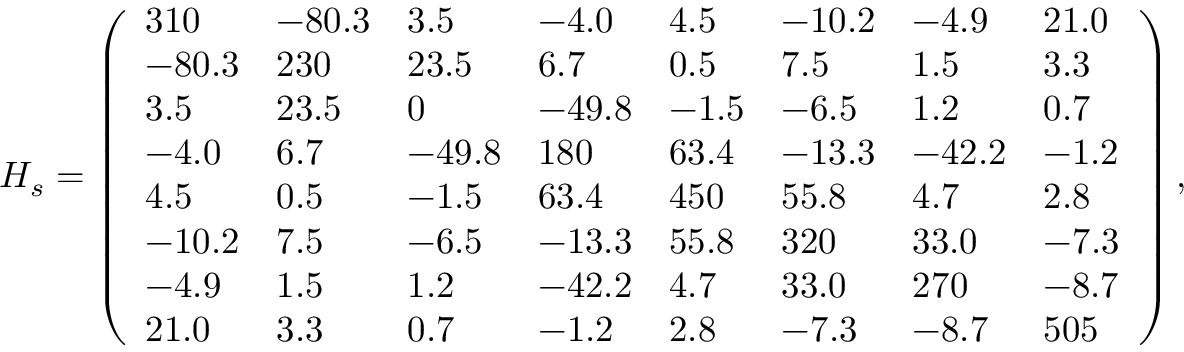
H _ { s } = \left( \begin{array} { l l l l l l l l } { 3 1 0 } & { - 8 0 . 3 } & { 3 . 5 } & { - 4 . 0 } & { 4 . 5 } & { - 1 0 . 2 } & { - 4 . 9 } & { 2 1 . 0 } \\ { - 8 0 . 3 } & { 2 3 0 } & { 2 3 . 5 } & { 6 . 7 } & { 0 . 5 } & { 7 . 5 } & { 1 . 5 } & { 3 . 3 } \\ { 3 . 5 } & { 2 3 . 5 } & { 0 } & { - 4 9 . 8 } & { - 1 . 5 } & { - 6 . 5 } & { 1 . 2 } & { 0 . 7 } \\ { - 4 . 0 } & { 6 . 7 } & { - 4 9 . 8 } & { 1 8 0 } & { 6 3 . 4 } & { - 1 3 . 3 } & { - 4 2 . 2 } & { - 1 . 2 } \\ { 4 . 5 } & { 0 . 5 } & { - 1 . 5 } & { 6 3 . 4 } & { 4 5 0 } & { 5 5 . 8 } & { 4 . 7 } & { 2 . 8 } \\ { - 1 0 . 2 } & { 7 . 5 } & { - 6 . 5 } & { - 1 3 . 3 } & { 5 5 . 8 } & { 3 2 0 } & { 3 3 . 0 } & { - 7 . 3 } \\ { - 4 . 9 } & { 1 . 5 } & { 1 . 2 } & { - 4 2 . 2 } & { 4 . 7 } & { 3 3 . 0 } & { 2 7 0 } & { - 8 . 7 } \\ { 2 1 . 0 } & { 3 . 3 } & { 0 . 7 } & { - 1 . 2 } & { 2 . 8 } & { - 7 . 3 } & { - 8 . 7 } & { 5 0 5 } \end{array} \right) ,